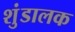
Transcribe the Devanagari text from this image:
शुंडालक